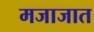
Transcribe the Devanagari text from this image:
मजाजात